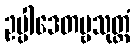
ဥပ္ပါဒေတဗ္ဗသုတ္တံ